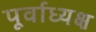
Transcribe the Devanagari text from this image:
पूर्वाध्यक्ष